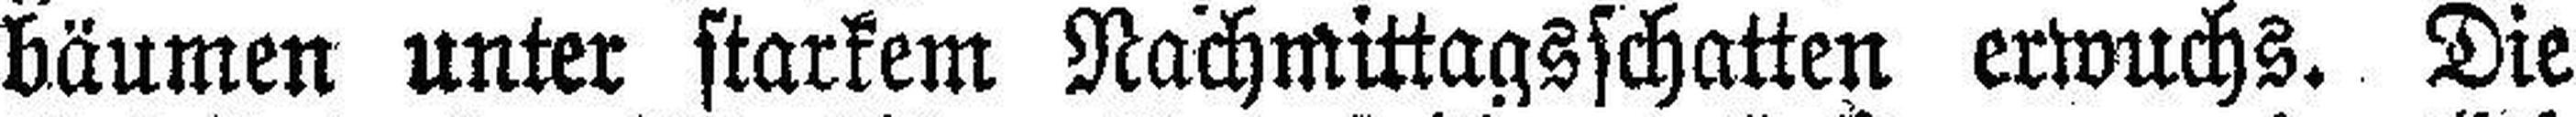
bäumen unter starkem Nachmittagsschatten erwuchs. Die